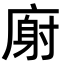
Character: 𫷺